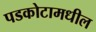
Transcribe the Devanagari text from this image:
पडकोटामधील